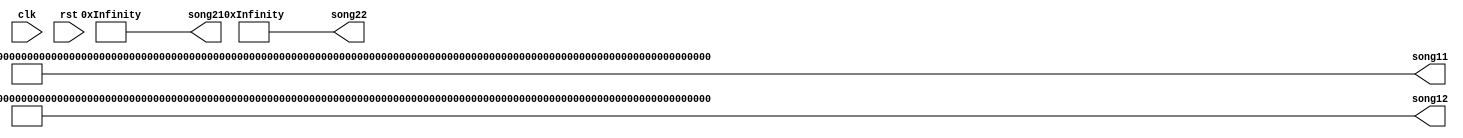
module songselection_1 (
    input clk,
    input rst,
    output reg [1375:0] song11,
    output reg [1375:0] song12,
    output reg [1375:0] song21,
    output reg [1375:0] song22
  );
  
  
  
  always @* begin
    song11 = 1376'h0000000000000000000000000000000000000000000000000000000000000000000000000000000000000000000000000000000000000000000000aa00606060606060606060606000181818006060600006060600010001000000000000000000000000000000000060606000060606000000000000000000606060606060600018181800000000000000000000000000000000000000000060606000000000000000000000000000000000;
    song12 = 1376'h0000000000000000000000000000000000000000000000000000000000000000000000000000000000000000000000000000000000000000000000aa00000000000000000000000000000000000000000000000000800080000000000000000000181818000606060000000000000000006060600060006000000000000000000000000000606060001818180060006000000000000606060000000000606060001818180060006000000000;
    song21 = 1376'haa000601010000600000006060006001060006010100006000000000000000600000180000060000186000006000000106000601010000600000006060006001060006010100006018600000600000010600060101000060000000186000066000010000000600000000000000000001000600000000006000000018600006600001000000060000000000000000000100060000000000600000000000000000000660000600060600000000;
    song22 = 1376'haa000080806000000000180000186000000000808060000000000000000000000000000600000060000018000018600000000080806000000000000000000000000000808060000000001800001860000000008080600000000006000000000060800018600060000018060006001880000000006000000000000600000000006080001860006000001806000600188000000000600000000000006000000060000000000000000000000000;
  end
endmodule